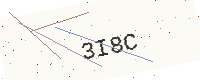
Text: 3I8C